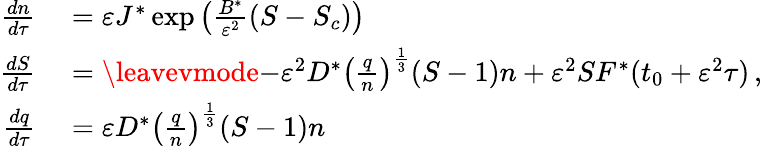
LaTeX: \begin{array}{rl}{{\frac{dn}{d\tau}}}&{{}={\varepsilon}J^{*}\exp\left(\frac{B^{*}}{{\varepsilon}^{2}}(S-S_{c})\right)}\\ {{\frac{dS}{d\tau}}}&{{}=\leavevmode{-{\varepsilon}^{2}D^{*}\left(\frac{q}{n}\right)^{\frac{1}{3}}(S-1)n+{\varepsilon}^{2}SF^{*}(t_{0}+{\varepsilon}^{2}\tau)\, ,}}\\ {{\frac{dq}{d\tau}}}&{{}={\varepsilon}D^{*}\left(\frac{q}{n}\right)^{\frac{1}{3}}(S-1)n}\end{array}